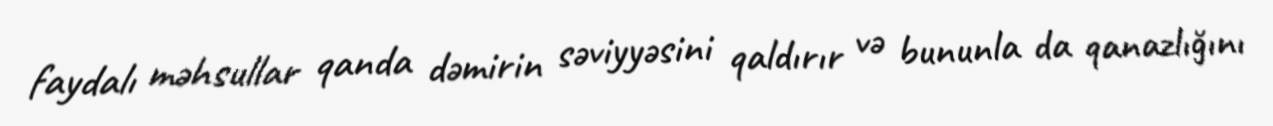
faydalı məhsullar qanda dəmirin səviyyəsini qaldırır və bununla da qanazlığını